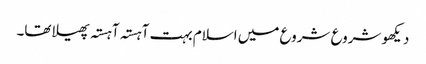
دیکھو شروع شروع میں اسلام بہت آہستہ آہستہ پھیلا تھا۔